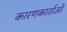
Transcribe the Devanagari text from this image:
कारणकार्ताओं